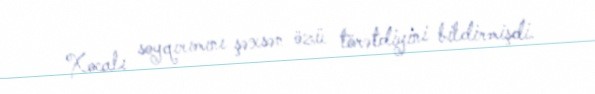
Xocalı soyqırımını şəxsən özü törətdiyini bildirmişdi.